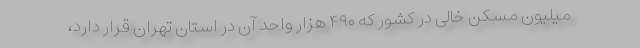
میلیون مسکن خالی در کشور که ۴۹۰ هزار واحد آن در استان تهران قرار دارد،